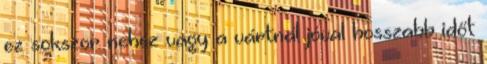
ez sokszor nehéz vagy a vártnál jóval hosszabb időt